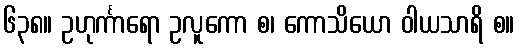
၆၃၈။ ဥဟုင်္ကာရော ဥလူကော စ၊ ကောသိယော ဝါယသာရိ စ။